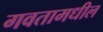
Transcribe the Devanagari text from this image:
गवतामधील